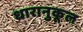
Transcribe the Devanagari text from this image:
धारानुकूल